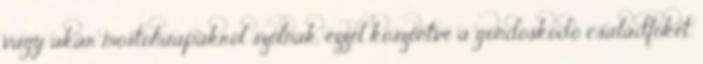
vagy akár mostohaapákról szólnak, ezzel köszöntve a gondoskodó családfőket.